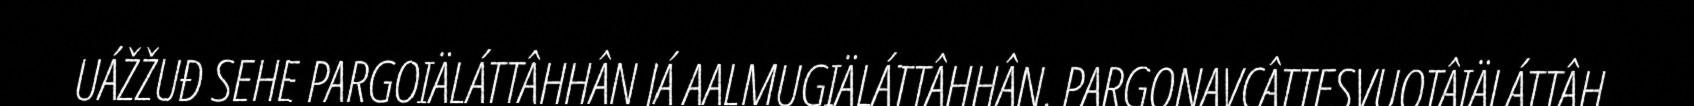
UÁŽŽUĐ SEHE PARGOIÄLÁTTÂHHÂN JÁ AALMUGIÄLÁTTÂHHÂN. PARGONAVCÂTTESVUOTÂIÄLÁTTÂH